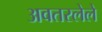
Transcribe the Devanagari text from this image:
अवतरलेले